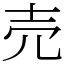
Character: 売